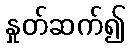
နှုတ်ဆက်၍